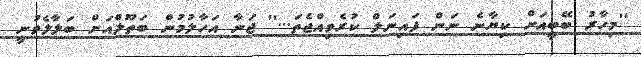
''މިހާރު ބޭބީއަށް ކިޔާނެ ނަން ފައިނަލް ކުރެވިއްޖެތަ...'' ޖަނާ އަހާލުމުން ބަތޫލްއަށް ބަލާލެވުނީ